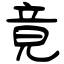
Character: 竟